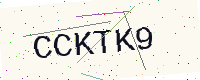
Text: CCKTK9